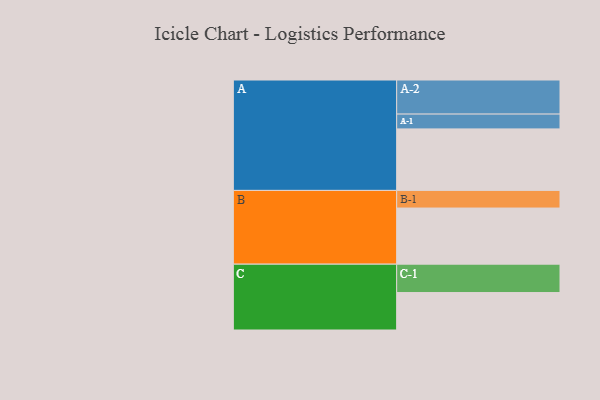
{"axis": {"x": "Segment", "y": "Value"}, "legend": ["", "A", "B", "C"], "data": [{"x": "A", "y": 527, "type": ""}, {"x": "B", "y": 481, "type": ""}, {"x": "C", "y": 321, "type": ""}, {"x": "A-1", "y": 127, "type": "A"}, {"x": "A-2", "y": 292, "type": "A"}, {"x": "B-1", "y": 151, "type": "B"}, {"x": "C-1", "y": 243, "type": "C"}]}